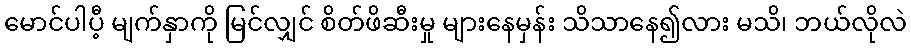
မောင်ပါပီ့ မျက်နှာကို မြင်လျှင် စိတ်ဖိဆီးမှု များနေမှန်း သိသာနေ၍လား မသိ၊ ဘယ်လိုလဲ